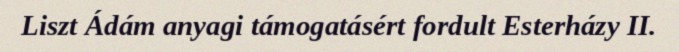
Liszt Ádám anyagi támogatásért fordult Esterházy II.